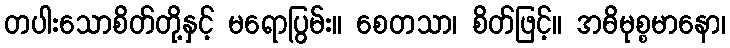
တပါးသောစိတ်တို့နှင့် မရောပြွမ်း။ စေတသာ၊ စိတ်ဖြင့်။ အဓိမုစ္စမာနော၊